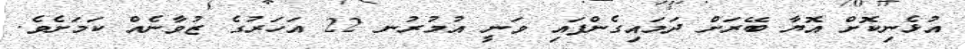
އުޅެނިކޮށް އޮޔާ ބޭރަށް ދަމައިގެންފައި ވަނީ އުމުރުނ 22 އަހަރުގެ ޒުވާނެއް ކަމަށެވެ.